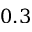
0 . 3